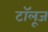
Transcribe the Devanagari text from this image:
टॉलूज